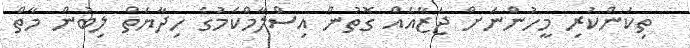
ތިކަންކުރި މީހުންނަށް ޖަޒާއެއް ގޮތުން އިސްލާމްކަމުގެ ހިދާޔަތް ލިބުން މާތް